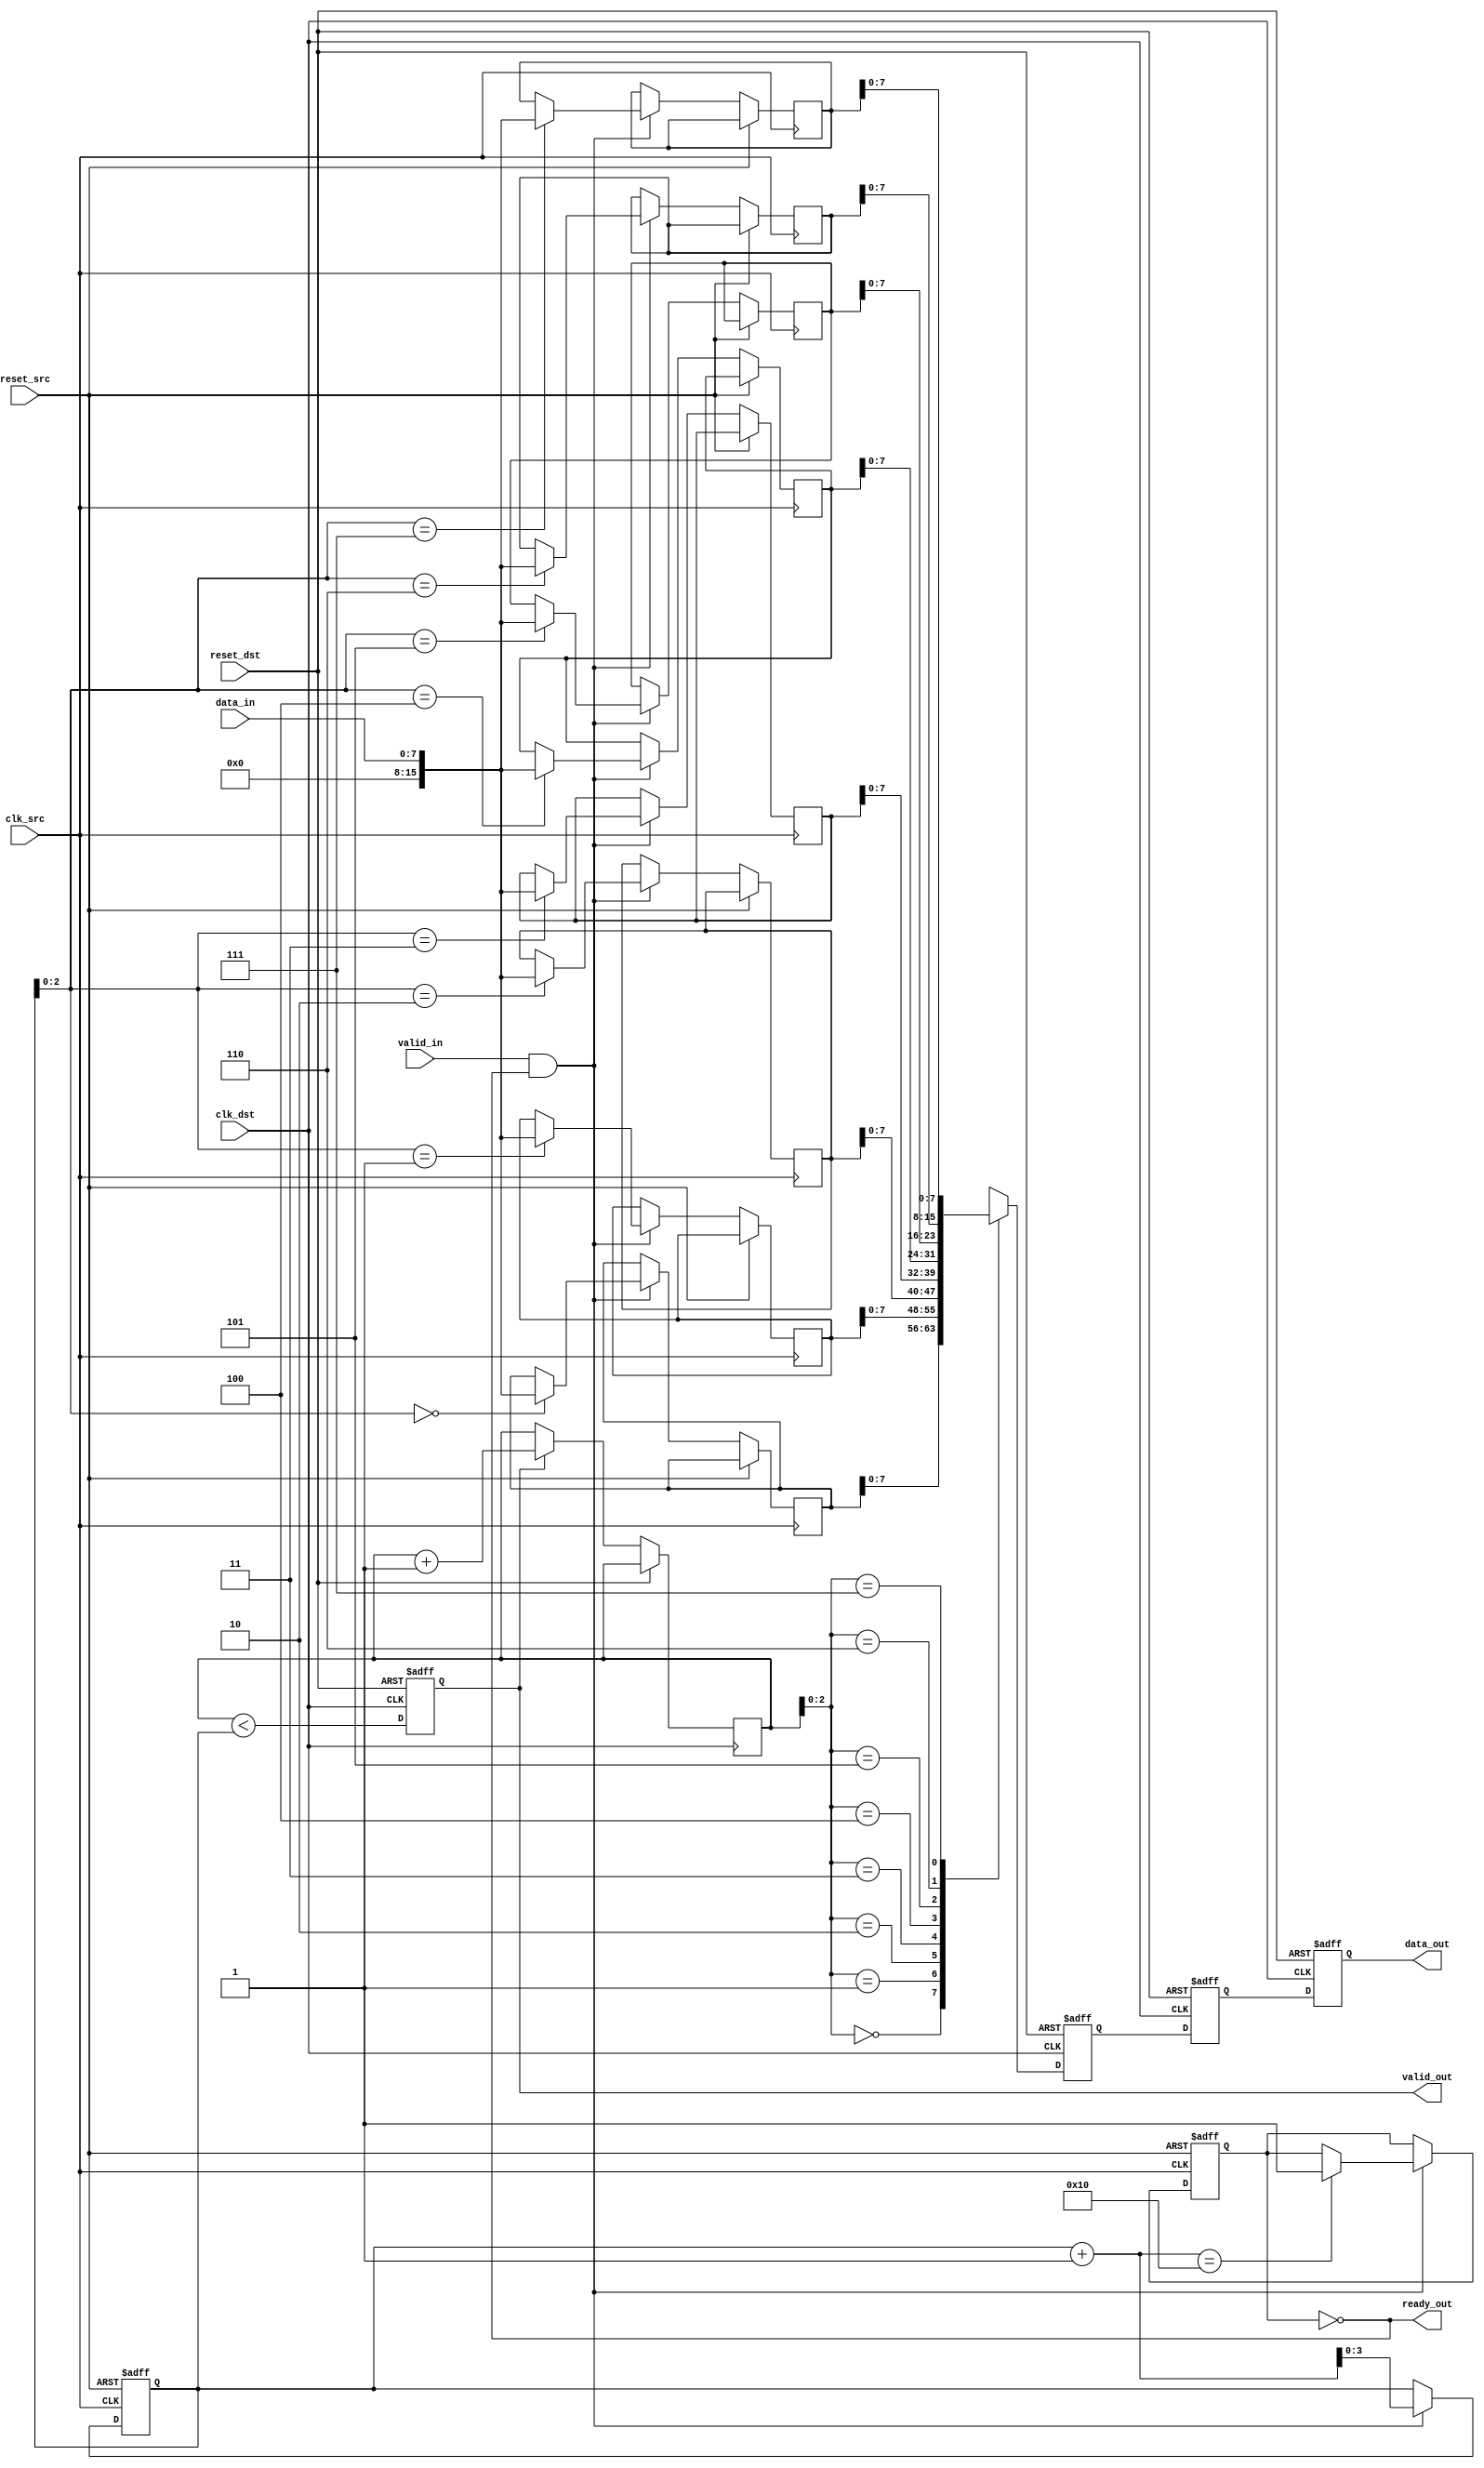
module mem_blocks_pipeline_synchronizer #(
    parameter DATA_WIDTH = 8,
    parameter FIFO_DEPTH = 16
)(
    input wire clk_src,                     // Source clock
    input wire clk_dst,                     // Destination clock
    input wire reset_src,                   // Reset in source clock domain
    input wire reset_dst,                   // Reset in destination clock domain
    input wire [DATA_WIDTH-1:0] data_in,   // Data input from source clock domain
    input wire valid_in,                    // Valid signal for source data
    output reg [DATA_WIDTH-1:0] data_out,  // Data output in destination clock domain
    output reg valid_out,                   // Valid signal for output data
    output wire ready_out                   // Ready signal for destination
);

    // Internal signals for synchronization
    reg [DATA_WIDTH-1:0] sync_reg1, sync_reg2;  // Dual flip-flops for synchronization
    reg fifo_full, fifo_empty;                   // Flags for FIFO status
    reg [FIFO_DEPTH-1:0] fifo [DATA_WIDTH-1:0]; // FIFO Memory
    reg [$clog2(FIFO_DEPTH)-1:0] write_ptr, read_ptr; // Pointers for FIFO

    // FIFO Write logic (in source clock domain)
    always @(posedge clk_src or posedge reset_src) begin
        if (reset_src) begin
            write_ptr <= 0;
            fifo_full <= 0;
        end else if (valid_in && !fifo_full) begin
            fifo[write_ptr] <= data_in; // Write data to FIFO
            write_ptr <= write_ptr + 1;
            if (write_ptr + 1 == FIFO_DEPTH)
                fifo_full <= 1; // FIFO is full
        end
    end

    // Synchronizing data across clock domains using dual flip-flops
    always @(posedge clk_dst or posedge reset_dst) begin
        if (reset_dst) begin
            sync_reg1 <= 0;
            sync_reg2 <= 0;
            valid_out <= 0;
            data_out <= 0;
        end else begin
            sync_reg1 <= fifo[read_ptr];  // Capture data from FIFO
            sync_reg2 <= sync_reg1;        // Second flip-flop for metastability
            valid_out <= (read_ptr < write_ptr); // Set valid signal if there's data
            data_out <= sync_reg2;         // Output the synchronized data
            
            if (valid_out) begin
                read_ptr <= read_ptr + 1; // Advance read pointer
                if (read_ptr + 1 == write_ptr)
                    fifo_empty <= 1; // FIFO is empty
            end
        end
    end

    // Handshaking logic for ready signal
    assign ready_out = !fifo_full;

endmodule